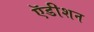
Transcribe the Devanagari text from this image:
ऍडीशन